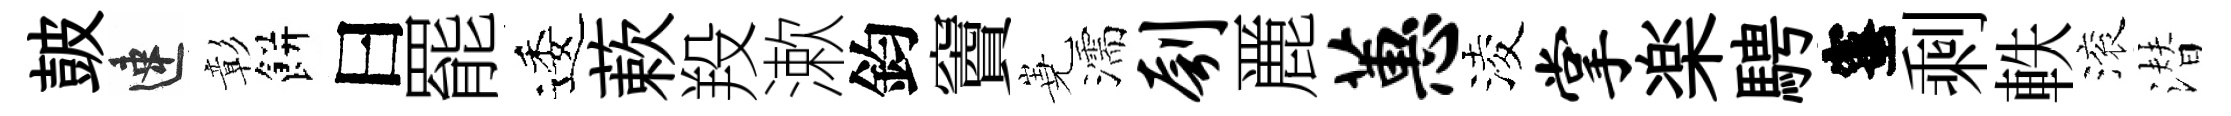
皷速彰餅曰罷逶蔌羖漱鈞竇嶤濡刳䴡蕙淩掌楽騁蜜剩軼滚潜